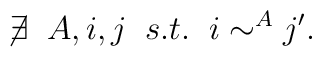
\not \! \exists \;\;  A,i,j \;\; s.t. \;\; i \sim^A j'.